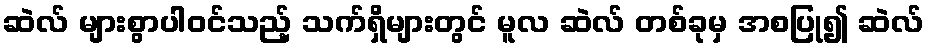
ဆဲလ် များစွာပါဝင်သည့် သက်ရှိများတွင် မူလ ဆဲလ် တစ်ခုမှ အစပြု၍ ဆဲလ်